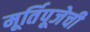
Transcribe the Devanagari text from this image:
मूर्तिपूजेची